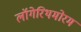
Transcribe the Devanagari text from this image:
लॉगेरिथमोरम